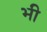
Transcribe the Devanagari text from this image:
भी